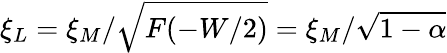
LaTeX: \xi_{L}=\xi_{M}/\sqrt{F(-W/2)}=\xi_{M}/\sqrt{1-\alpha}